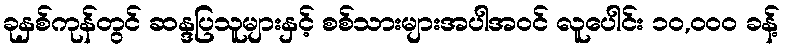
ခုနှစ်ကုန်တွင် ဆန္ဒပြသူများနှင့် စစ်သားများအပါအဝင် လူပေါင်း ၁၀,၀၀၀ ခန့်